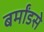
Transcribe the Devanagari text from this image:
बर्मांडसे